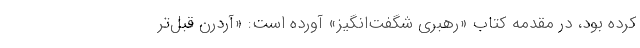
کرده بود، در مقدمه کتاب «رهبری شگفت‌انگیز» آورده است: «آردرن قبل‌تر